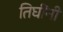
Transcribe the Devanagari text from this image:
तिघींनी